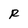
Character: R